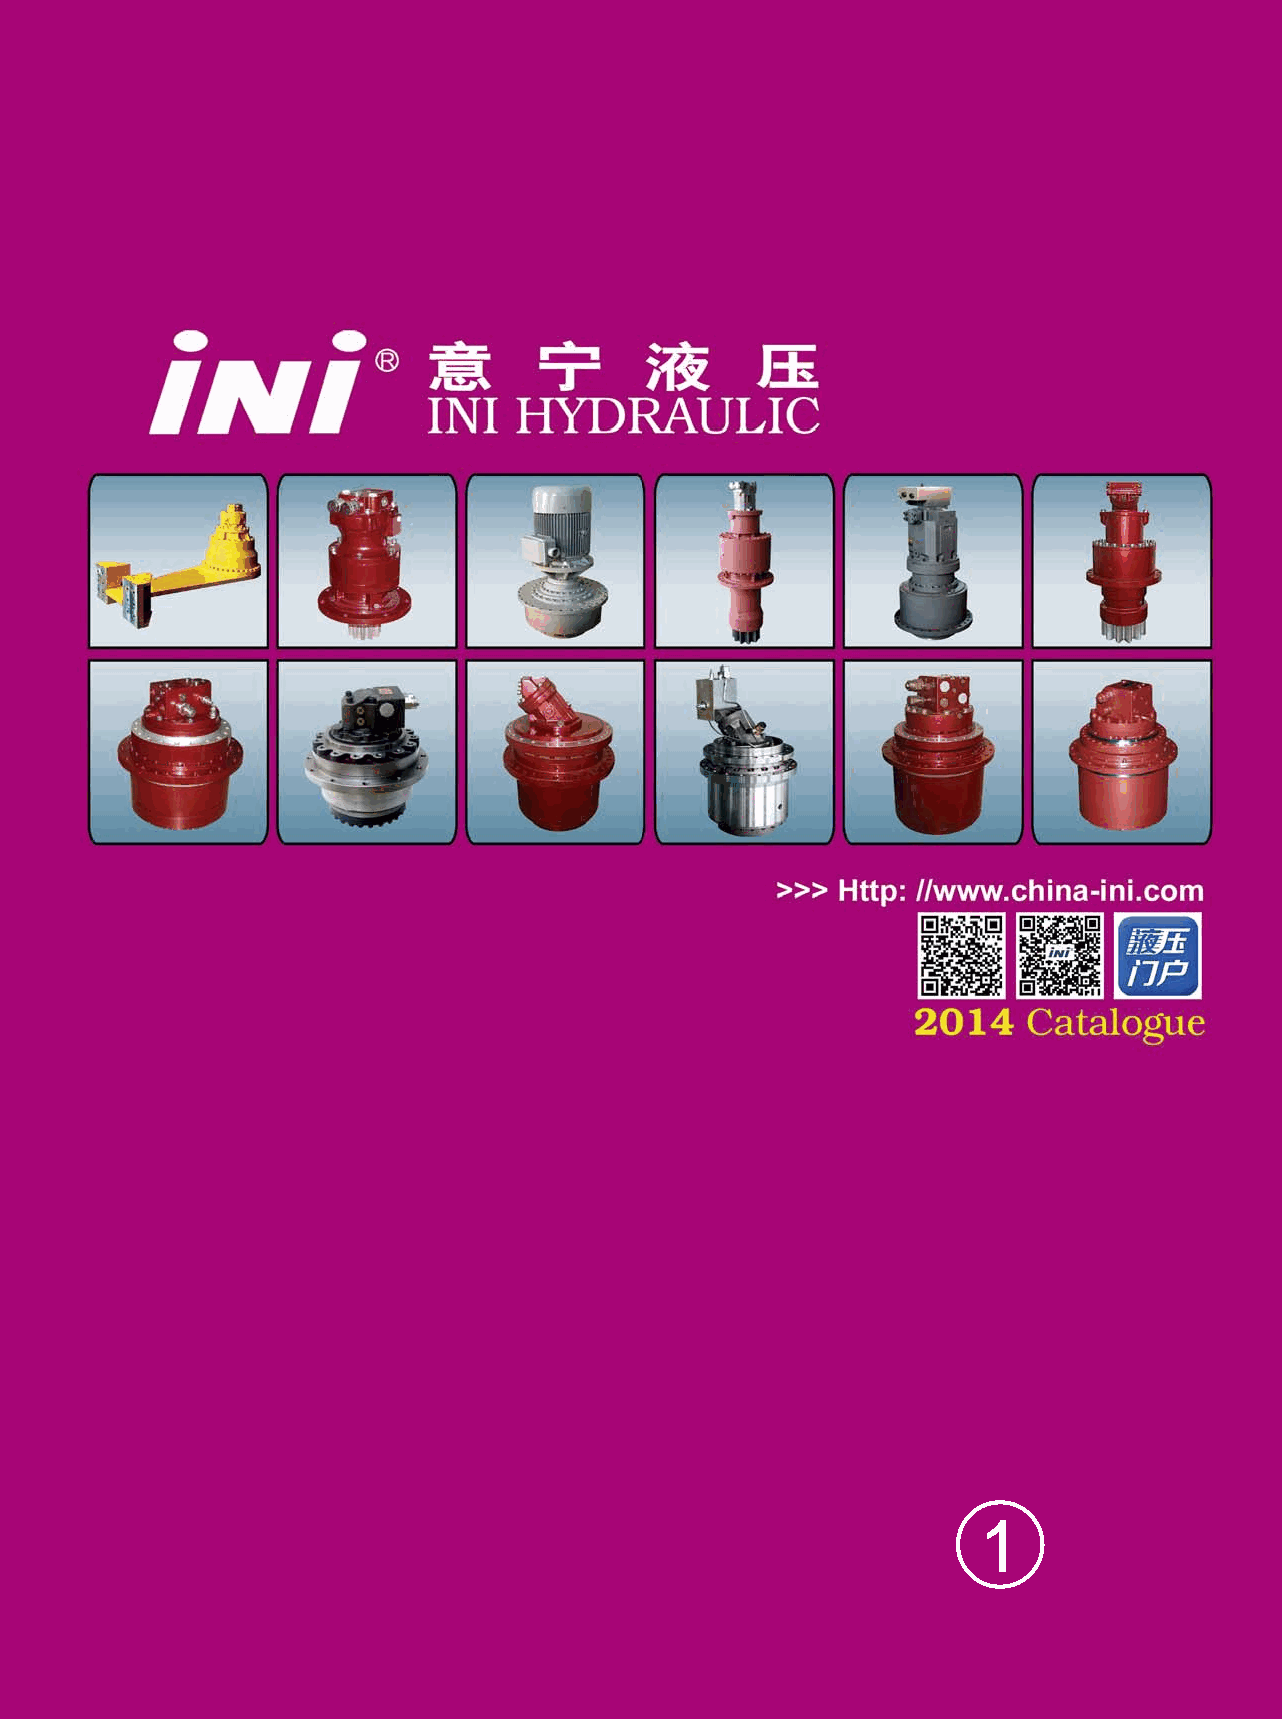
INI HYDRAULIC CO.,LTD
 Head Office add: No.288 Batou xi road Ningbo, Zhejiang, China
 315806                      Zipcode: 315806
 0574-86300164, 86302674, 86115076 TEL: +86-574-86300164, 86302674, 86115076
 0574-86115082, 86115071     FAX: +86-574-86115082, 86115071
 E-mail: ini@china-ini.com      E-mail: ini@china-ini.com
 Http: //www.china-ini.com      Http: //www.china-ini.com
 Chunxiao company add: xi qi road bei lun district Ningbo, Zhejiang, China
 Zhenhai company add: high-tech park, wulipai zhenhai district Ningbo, Zhejiang, China
 ORDINARY SHARES FULLY PAID IN :
 NINGBO LISHIWELL HYDRAULIC DRIVE CO.,LTD
 Add: No.1801 zhen luo east road zhenhai district Ningbo ,Zhejiang,China
 JIANGSU LIKING HEAVY INDUSTRY CO.,LTD
 Add: economic development zone Jinhu, Jiangsu, China
 OMAYA HYDRAULIC EQUIPMENT PET.LTD.
 8 TEMASEK BOULEVARD #34-03 SUNTEC Add: 8 Temasek boulevard #34-03 suntec tower three Singaport(038988)
 TOWER THREE,     038988
 FOR EUROPE BUSINESS CONTACT: FOR USA BUSINESS CONTACT: FOR AUSTRALIA BUSINESS CONTACT:
 DEGRA WINCHES BV - INI EUROPE Zhou Engineering International INI-Australia
 J. van der Heydenstraat 9 241 Ransom Road,    28 Jessie Lee St, Henderson 6166
 3281 NE Numansdorp - Rotterdam Lancaster, NY 14086 Western Australia
 The Netherlands                               Contact person: Mr Charlie Tranchita
 Contact person: Mr. J.W. de Graaf Contact person: Mr. Zhou/Mr. Zhan Tel: +61-8-94947200 Fax: +61-8-94947299
 E-mail : jwdegraaf@degra.info Phone: 1-716-656-1398 Email: info@ini-australia.com.au
 1
 Tel : +31-186-652189    Email: sales@zeiusa.com   charlie@ini-australia.com.au
 Fax. : +31-186-652370   Website: www.zeiusa.com Website: http://www.ini-australia.com.au
 INI have a policy of continuous product improvement and therefore specifications are subject to change without notice.